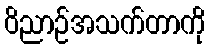
ဝိညာဉ်အသက်တာကို